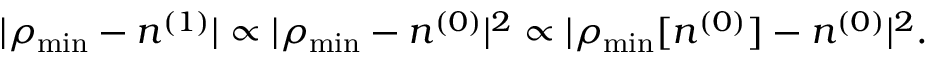
\vert \rho _ { \mathrm { m i n } } - n ^ { ( 1 ) } \vert \propto \vert \rho _ { \mathrm { m i n } } - n ^ { ( 0 ) } \vert ^ { 2 } \propto \vert \rho _ { \mathrm { m i n } } [ n ^ { ( 0 ) } ] - n ^ { ( 0 ) } \vert ^ { 2 } .